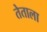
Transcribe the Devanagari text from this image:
तेताला